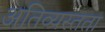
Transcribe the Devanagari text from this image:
अतिव्यस्तता